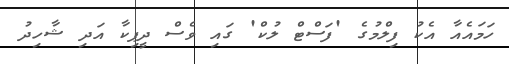
ހަމައެއާ އެކު ފިލްމުގެ 'ފަސްޓް ލުކް' ގައި ވެސް ދީޕިކާ އަދި ޝާހިދު